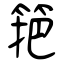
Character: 筢